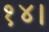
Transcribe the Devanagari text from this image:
१४।